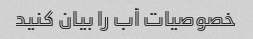
خصوصیات آب را بیان کنید